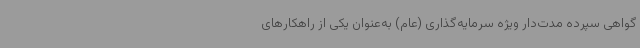
گواهی سپرده مدت‌دار ویژه سرمایه‌گذاری (عام) به‌عنوان یکی از راهکارهای